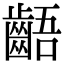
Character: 齬